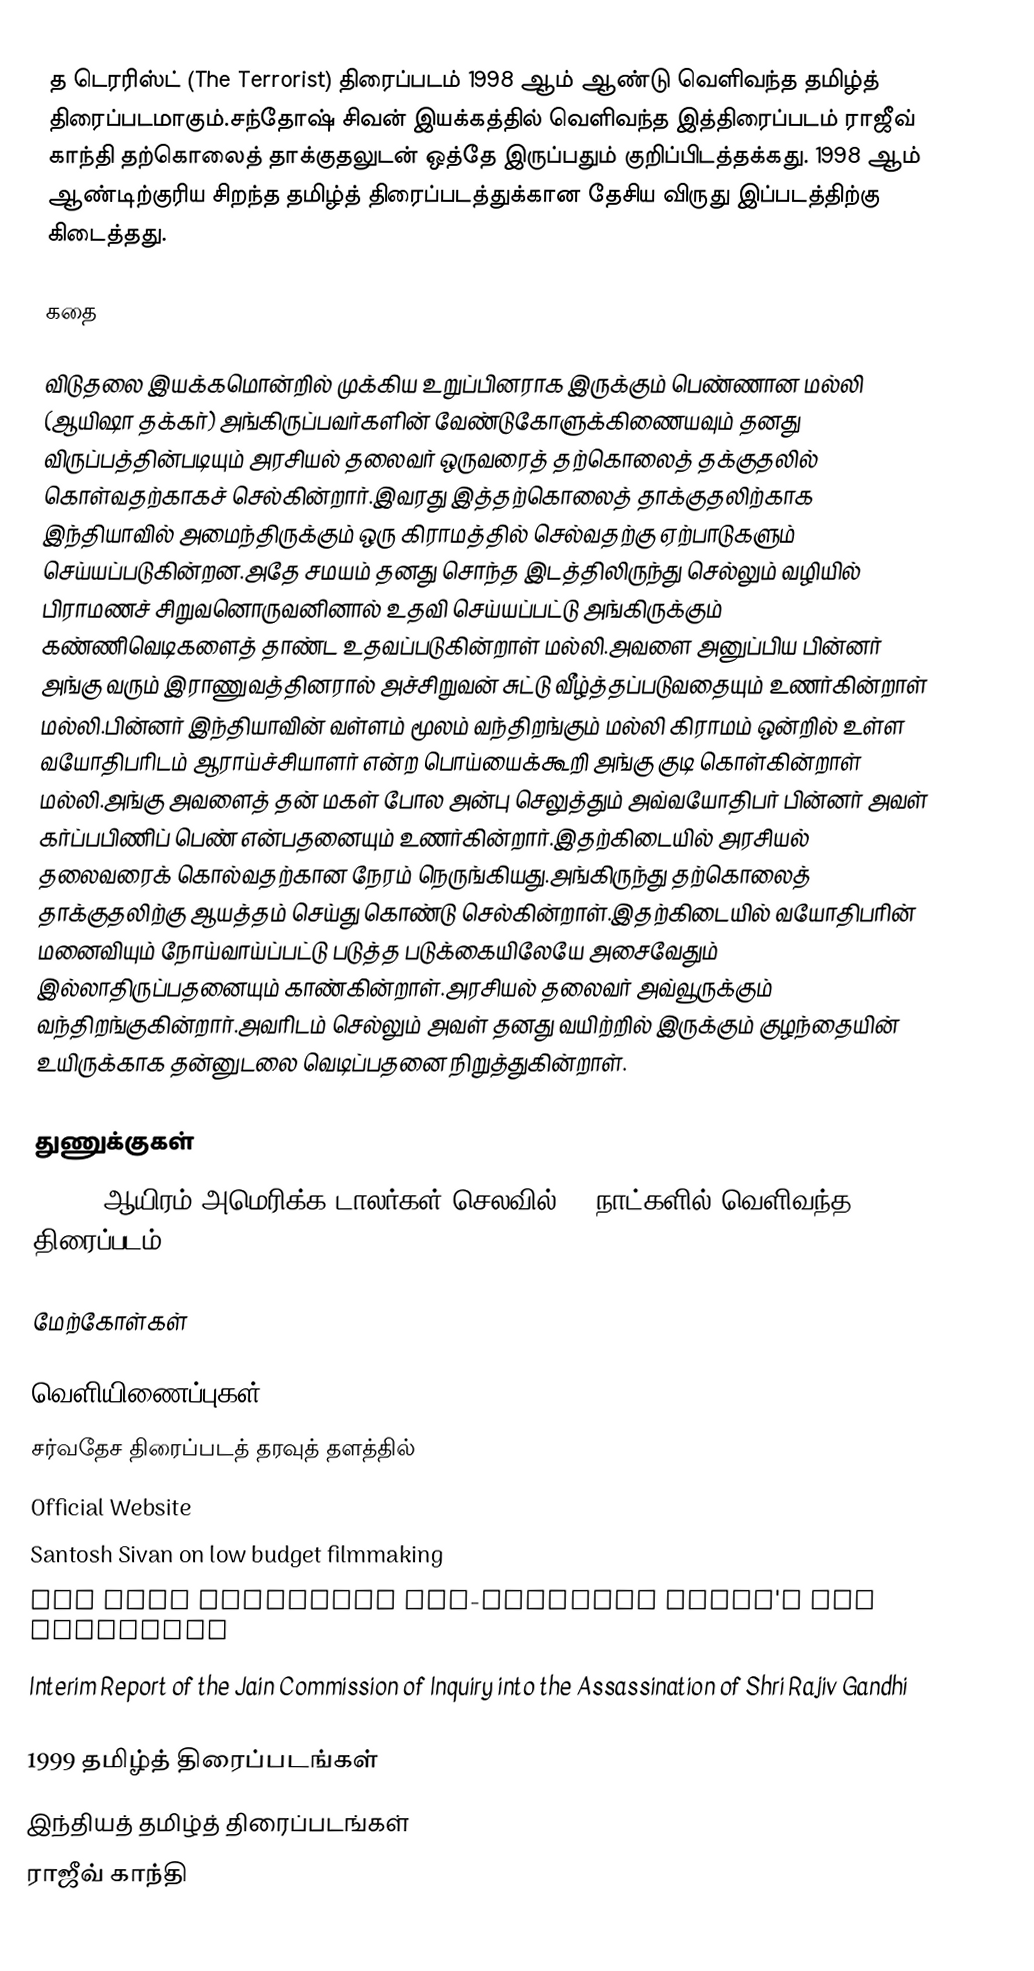
த டெரரிஸ்ட் (The Terrorist) திரைப்படம் 1998 ஆம் ஆண்டு வெளிவந்த தமிழ்த் திரைப்படமாகும்.சந்தோஷ் சிவன் இயக்கத்தில் வெளிவந்த இத்திரைப்படம் ராஜீவ் காந்தி தற்கொலைத் தாக்குதலுடன் ஒத்தே இருப்பதும் குறிப்பிடத்தக்கது. 1998 ஆம் ஆண்டிற்குரிய சிறந்த தமிழ்த் திரைப்படத்துக்கான தேசிய விருது இப்படத்திற்கு கிடைத்தது.

கதை

விடுதலை இயக்கமொன்றில் முக்கிய உறுப்பினராக இருக்கும் பெண்ணான மல்லி (ஆயிஷா தக்கர்) அங்கிருப்பவர்களின் வேண்டுகோளுக்கிணையவும் தனது விருப்பத்தின்படியும் அரசியல் தலைவர் ஒருவரைத் தற்கொலைத் தக்குதலில் கொள்வதற்காகச் செல்கின்றார்.இவரது இத்தற்கொலைத் தாக்குதலிற்காக இந்தியாவில் அமைந்திருக்கும் ஒரு கிராமத்தில் செல்வதற்கு ஏற்பாடுகளும் செய்யப்படுகின்றன.அதே சமயம் தனது சொந்த இடத்திலிருந்து செல்லும் வழியில் பிராமணச் சிறுவனொருவனினால் உதவி செய்யப்பட்டு அங்கிருக்கும் கண்ணிவெடிகளைத் தாண்ட உதவப்படுகின்றாள் மல்லி.அவளை அனுப்பிய பின்னர் அங்கு வரும் இராணுவத்தினரால் அச்சிறுவன் சுட்டு வீழ்த்தப்படுவதையும் உணர்கின்றாள் மல்லி.பின்னர் இந்தியாவின் வள்ளம் மூலம் வந்திறங்கும் மல்லி கிராமம் ஒன்றில் உள்ள வயோதிபரிடம் ஆராய்ச்சியாளர் என்ற பொய்யைக்கூறி அங்கு குடி கொள்கின்றாள் மல்லி.அங்கு அவளைத் தன் மகள் போல அன்பு செலுத்தும் அவ்வயோதிபர் பின்னர் அவள் கர்ப்பபிணிப் பெண் என்பதனையும் உணர்கின்றார்.இதற்கிடையில் அரசியல் தலைவரைக் கொல்வதற்கான நேரம் நெருங்கியது.அங்கிருந்து தற்கொலைத் தாக்குதலிற்கு ஆயத்தம் செய்து கொண்டு செல்கின்றாள்.இதற்கிடையில் வயோதிபரின் மனைவியும் நோய்வாய்ப்பட்டு படுத்த படுக்கையிலேயே அசைவேதும் இல்லாதிருப்பதனையும் காண்கின்றாள்.அரசியல் தலைவர் அவ்வூருக்கும் வந்திறங்குகின்றார்.அவரிடம் செல்லும் அவள் தனது வயிற்றில் இருக்கும் குழந்தையின் உயிருக்காக தன்னுடலை வெடிப்பதனை நிறுத்துகின்றாள்.

துணுக்குகள்
50,000 ஆயிரம் அமெரிக்க டாலர்கள் செலவில் 15 நாட்களில் வெளிவந்த திரைப்படம்.

மேற்கோள்கள்

வெளியிணைப்புகள்
சர்வதேச திரைப்படத் தரவுத் தளத்தில்
Official Website
Santosh Sivan on low budget filmmaking
How John Malkovich God-Fathered Sivan's The Terrorist
Interim Report of the Jain Commission of Inquiry into the Assassination of Shri Rajiv Gandhi

1999  தமிழ்த் திரைப்படங்கள்
இந்தியத் தமிழ்த் திரைப்படங்கள்
ராஜீவ் காந்தி